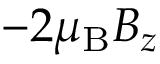
- 2 \mu _ { \mathrm { { B } } } B _ { z }